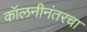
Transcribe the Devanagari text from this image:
कॉलनीनंतरचा